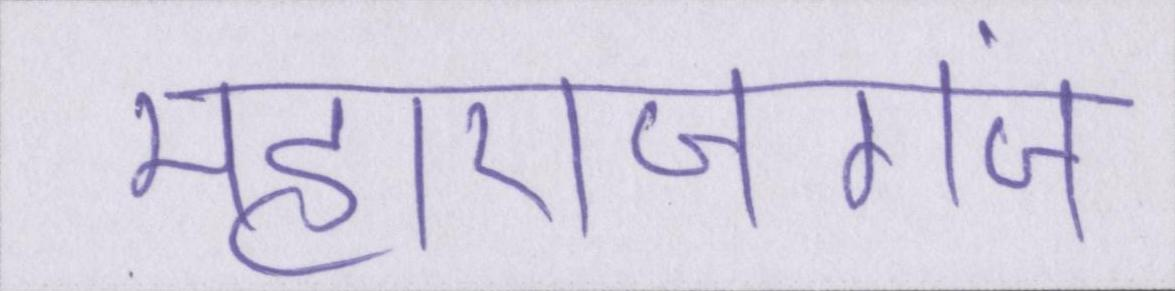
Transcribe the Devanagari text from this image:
महाराजगंज